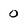
Character: 0